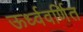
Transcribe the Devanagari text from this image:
ऊर्ध्ववर्णित